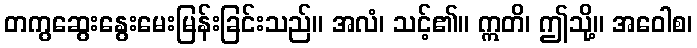
တကွဆွေးနွေးမေးမြန်းခြင်းသည်။ အလံ၊ သင့်၏။ ဣတိ၊ ဤသို့။ အဝေါစ၊